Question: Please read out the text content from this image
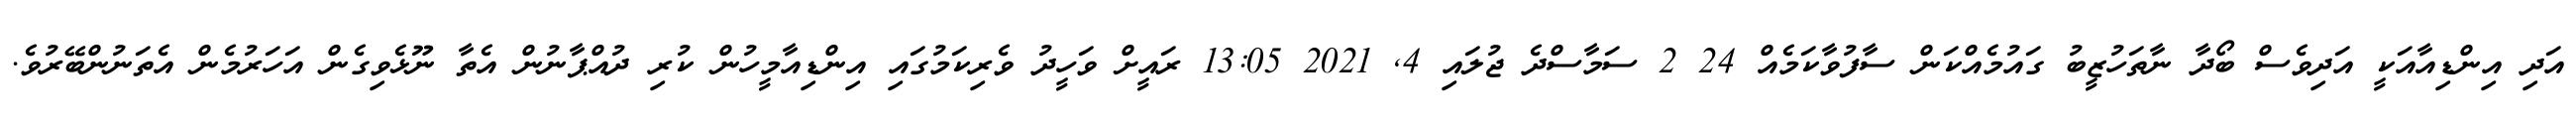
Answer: އަދި އިންޑިއާއަކީ އަދިވެސް ބޯދާ ނާތަހުޒީބު ގައުމެއްކަން ސާފުވާކަމެއް 24 2 ސަމާސްދެ ޖުލައި 4, 2021 13:05 ރައީށް ވަހީދު ވެރިކަމުގައި އިންޑިއާމީހުން ކުރި ދުއްޕާނުން އެތާ ނޫޅެވިގެން އަހަރުމެން އެތަނުންބޭރުވެ.